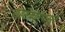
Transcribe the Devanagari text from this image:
सहस्त्रकांपासून